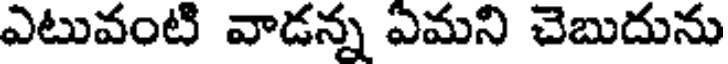
ఎటువంటి వాడన్న ఏమని చెబుదును